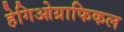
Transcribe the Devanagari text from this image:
हेगिओग्राफिकल